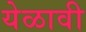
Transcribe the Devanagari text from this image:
येळावी